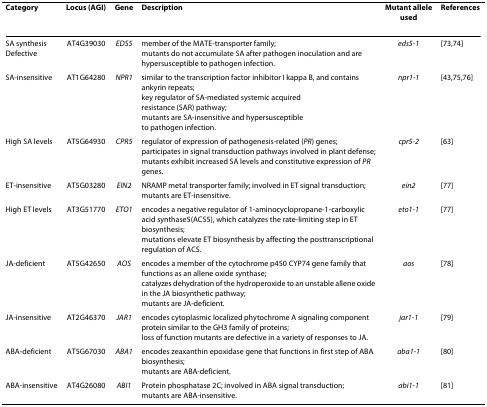
<table><thead><tr><td><b>Category</b></td><td><b>Locus (AGI)</b></td><td><b>Gene</b></td><td><b>Description</b></td><td><b>Mutant alleleused</b></td><td><b>References</b></td></tr></thead><tbody><tr><td>SA synthesisDefective</td><td>AT4G39030</td><td><i>EDS5</i></td><td>member of the MATE-transporter family;mutants do not accumulate SA after pathogen inoculation and are hypersusceptible to pathogen infection.</td><td><i>eds5-1</i></td><td>[73,74]</td></tr><tr><td>SA-insensitive</td><td>AT1G64280</td><td><i>NPR1</i></td><td>similar to the transcription factor inhibitor I kappa B, and contains ankyrin repeats;key regulator of SA-mediated systemic acquiredresistance (SAR) pathway;mutants are SA-insensitive and hypersusceptibleto pathogen infection.</td><td><i>npr1-1</i></td><td>[43,75,76]</td></tr><tr><td>High SA levels</td><td>AT5G64930</td><td><i>CPR5</i></td><td>regulator of expression of pathogenesis-related (<i>PR</i>) genes;participates in signal transduction pathways involved in plant defense;mutants exhibit increased SA levels and constitutive expression of <i>PR </i>genes.</td><td><i>cpr5-2</i></td><td>[63]</td></tr><tr><td>ET-insensitive</td><td>AT5G03280</td><td><i>EIN2</i></td><td>NRAMP metal transporter family; involved in ET signal transduction;mutants are ET-insensitive.</td><td><i>ein2</i></td><td>[77]</td></tr><tr><td>High ET levels</td><td>AT3G51770</td><td><i>ETO1</i></td><td>encodes a negative regulator of 1-aminocyclopropane-1-carboxylic acid synthase5(ACS5), which catalyzes the rate-limiting step in ET biosynthesis;mutations elevate ET biosynthesis by affecting the posttranscriptional regulation of ACS.</td><td><i>eto1-1</i></td><td>[77]</td></tr><tr><td>JA-deficient</td><td>AT5G42650</td><td><i>AOS</i></td><td>encodes a member of the cytochrome p450 CYP74 gene family that functions as an allene oxide synthase;catalyzes dehydration of the hydroperoxide to an unstable allene oxide in the JA biosynthetic pathway;mutants are JA-deficient.</td><td><i>aos</i></td><td>[78]</td></tr><tr><td>JA-insensitive</td><td>AT2G46370</td><td><i>JAR1</i></td><td>encodes cytoplasmic localized phytochrome A signaling component protein similar to the GH3 family of proteins;loss of function mutants are defective in a variety of responses to JA.</td><td><i>jar1-1</i></td><td>[79]</td></tr><tr><td>ABA-deficient</td><td>AT5G67030</td><td><i>ABA1</i></td><td>encodes zeaxanthin epoxidase gene that functions in first step of ABA biosynthesis;mutants are ABA-deficient.</td><td><i>aba1-1</i></td><td>[80]</td></tr><tr><td>ABA-insensitive</td><td>AT4G26080</td><td><i>ABI1</i></td><td>Protein phosphatase 2C; involved in ABA signal transduction;mutants are ABA-insensitive.</td><td><i>abi1-1</i></td><td>[81]</td></tr></tbody></table>